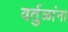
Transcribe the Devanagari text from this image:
वर्तुळांना